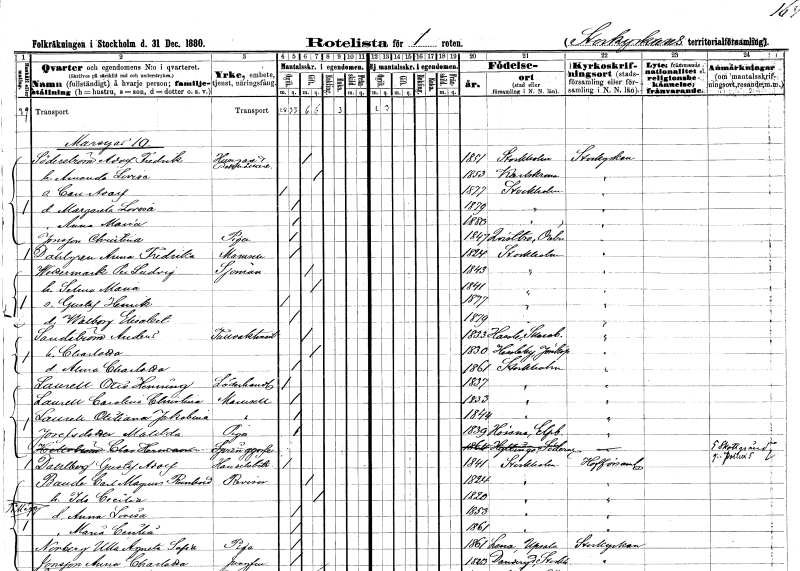
gt_parse: households: individuals: FN: Adolf Fredrik
EN: Söderström
YRKE: Husägare Bokhållare
KON: M
CIV: G
FODAR: 1851
FODFORS: Stockholm
FN: Amanda Lovisa
KON: K
CIV: G
FODAR: 1853
FODFORS: Karlskrona Blekinge län
FN: Carl Adolf
KON: M
CIV: O
FODAR: 1877
FODFORS: Stockholm
FN: Margareta Lovisa
KON: K
CIV: O
FODAR: 1879
FODFORS: Stockholm
FN: Anna Maria
KON: K
CIV: O
FODAR: 1880
FODFORS: Stockholm
FN: Christina
EN: Jonsson
YRKE: Piga
KON: K
CIV: O
FODAR: 1847
FODFORS: Kvistbro Örebro län
FN: Anna Fredrika
EN: Dahlgren
KON: K
CIV: O
FODAR: 1824
FODFORS: Stockholm
FN: Per Ludvig
EN: Wettermark
YRKE: Sjöman
KON: M
CIV: G
FODAR: 1843
FODFORS: Stockholm
FN: Selma Maria
KON: K
CIV: G
FODAR: 1841
FODFORS: Stockholm
FN: Gustaf Henrik
KON: M
CIV: O
FODAR: 1877
FODFORS: Stockholm
FN: Walborg Elisabet
KON: K
CIV: O
FODAR: 1879
FODFORS: Stockholm
FN: Anders
EN: Sandström
YRKE: Tullvaktmästare
KON: M
CIV: G
FODAR: 1833
FODFORS: Hassle Skaraborgs län
FN: Charlotta
KON: K
CIV: G
FODAR: 1830
FODFORS: Hässleby Jönköpings län
FN: Alma Charlotta
KON: K
CIV: O
FODAR: 1861
FODFORS: Stockholm
FN: Otto Henning
EN: Laurell
YRKE: Läderhandlare
KON: M
CIV: O
FODAR: 1837
FODFORS: Stockholm
FN: Carolina Christina
EN: Laurell
KON: K
CIV: O
FODAR: 1833
FODFORS: Stockholm
FN: Otiliana Jakobina
EN: Laurell
KON: K
CIV: O
FODAR: 1844
FODFORS: Stockholm
FN: Matilda
EN: Josefsdotter
YRKE: Piga
KON: K
CIV: O
FODAR: 1839
FODFORS: Hössna Älvsborgs län
FN: Gustaf Adolf
EN: Dahlberg
YRKE: Handelsbiträde
KON: M
CIV: O
FODAR: 1841
FODFORS: Stockholm
FN: Carl Magnus Reinhord
EN: Baude
YRKE: Revisor
KON: M
CIV: G
FODAR: 1824
FODFORS: Stockholm
FN: Ida Cecilia
KON: K
CIV: G
FODAR: 1820
FODFORS: Stockholm